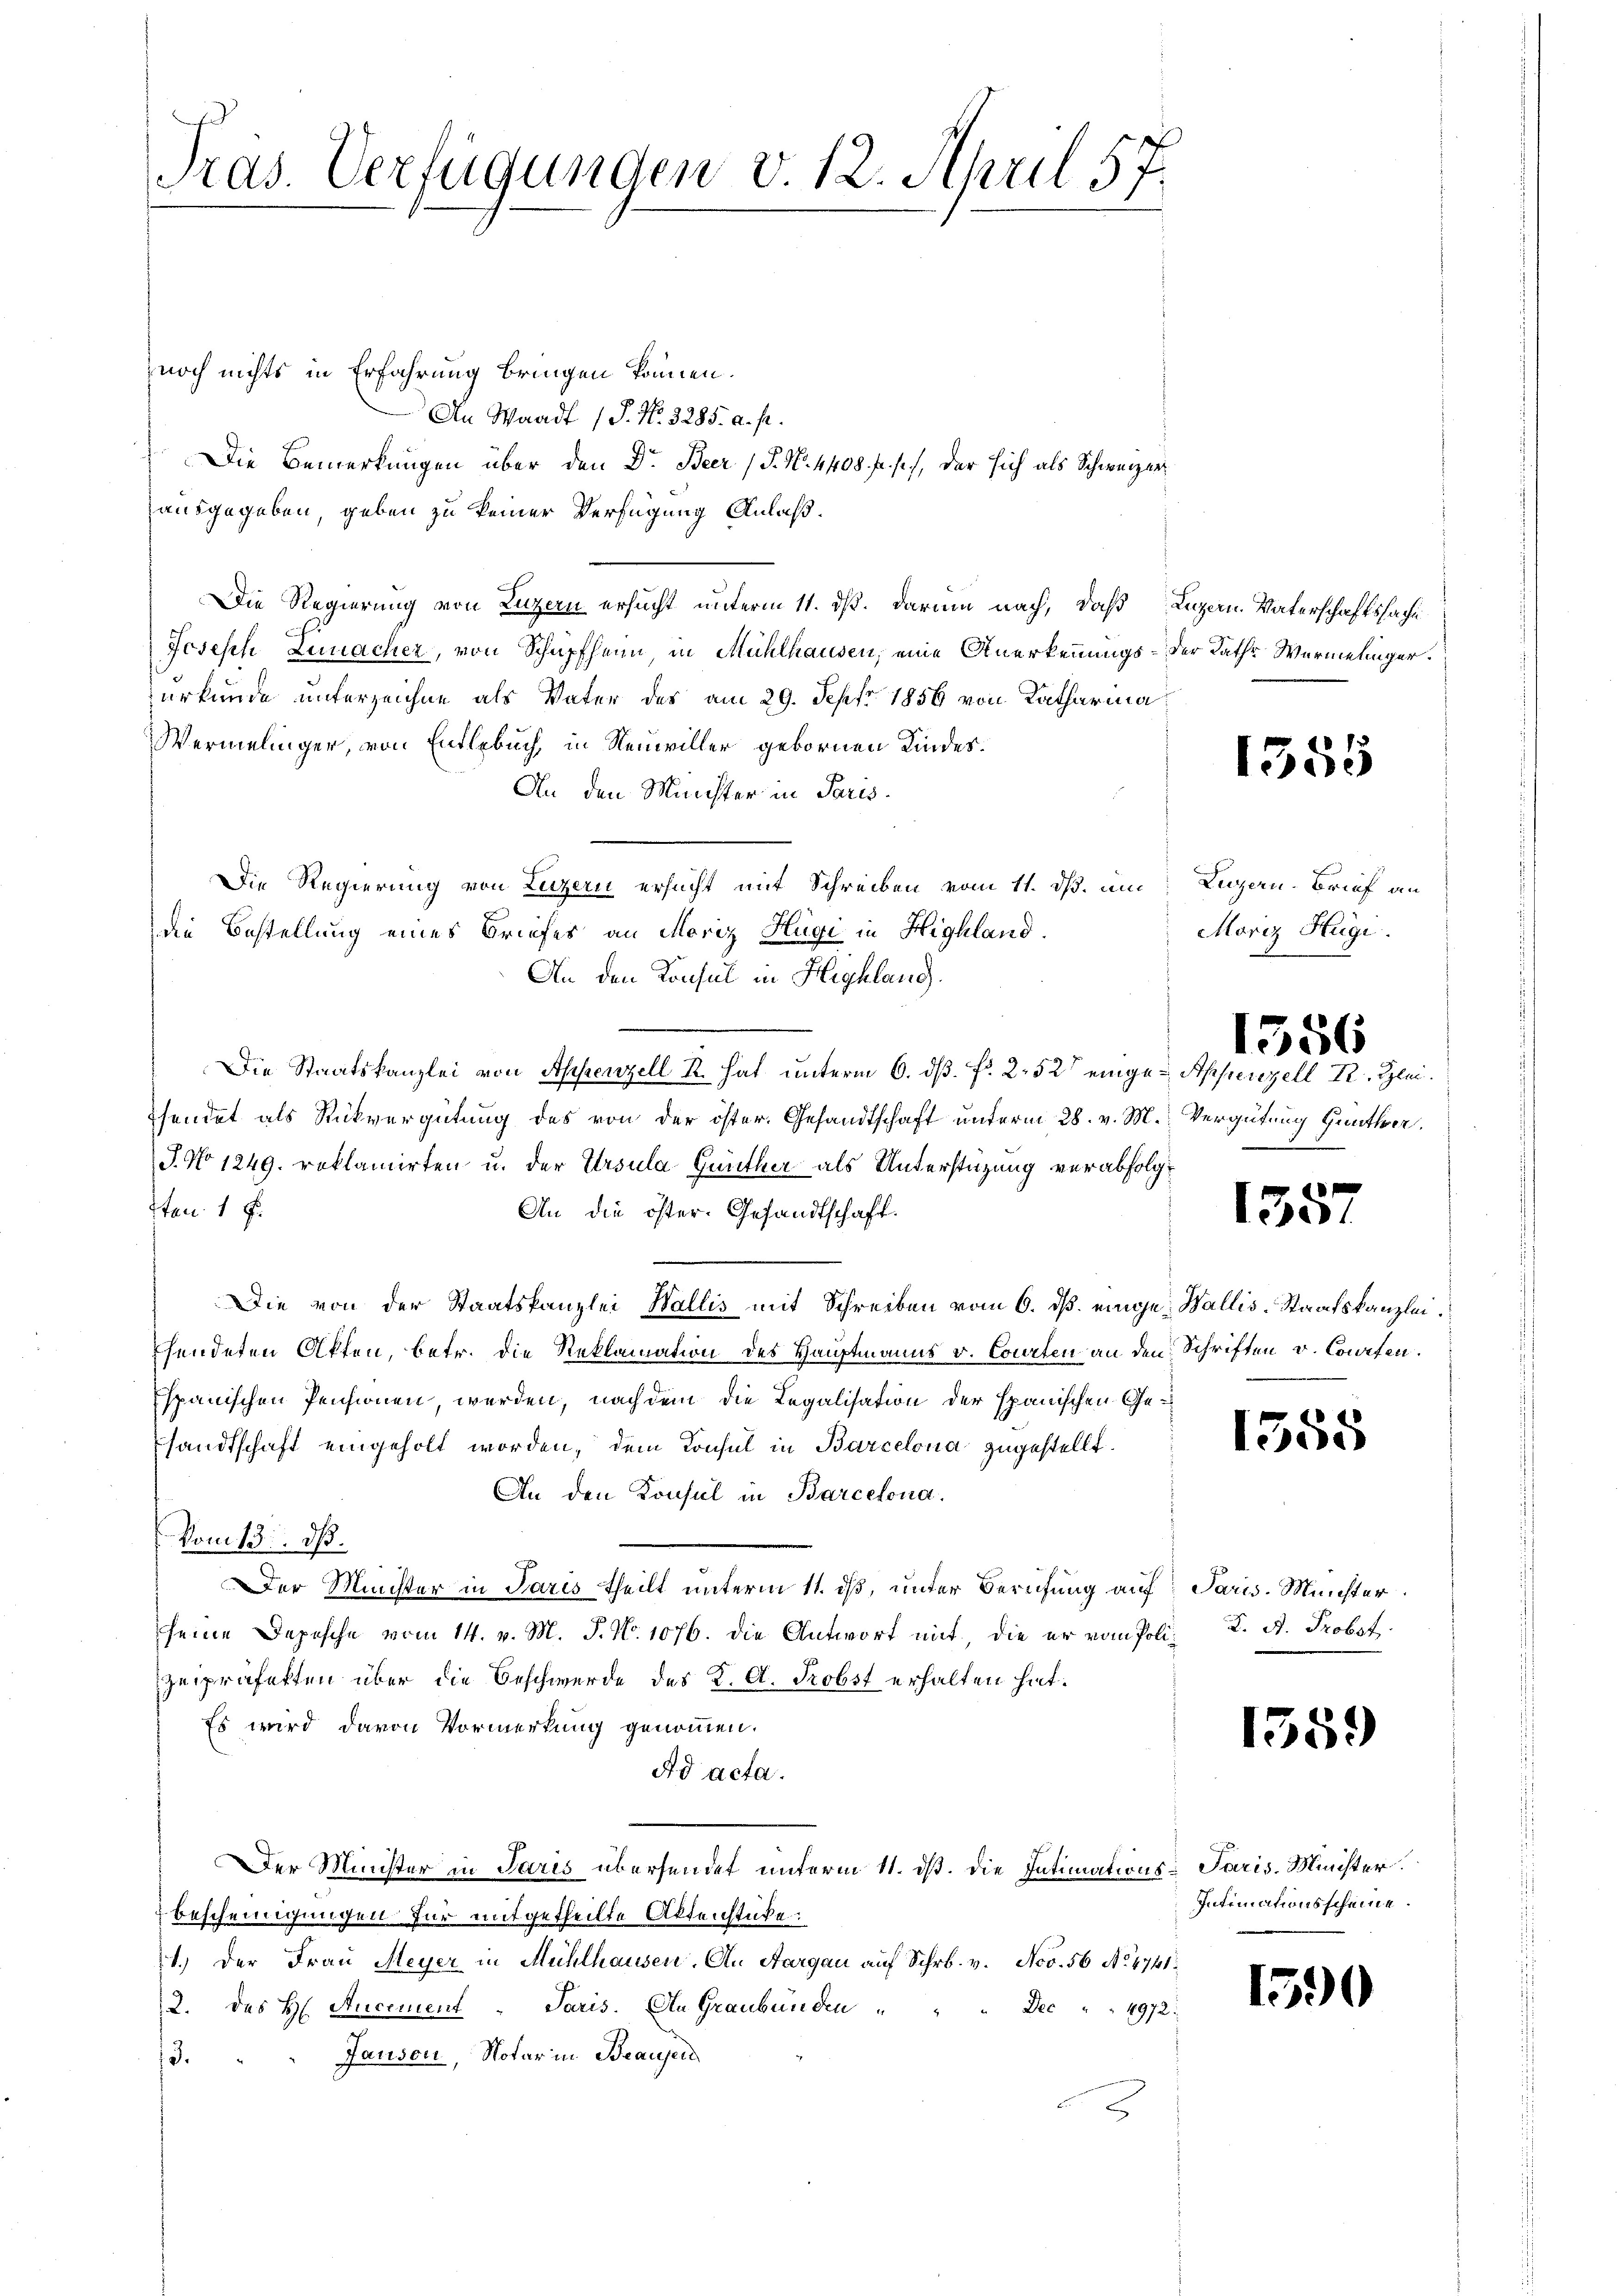
Tras. Verfügungen v. 12. April 57.

noch nichts in Erfahrung bringen können.
An Waadt (S. Nr. 3285. a. p.
Die Bemerkungen über den Dr. Beer (§. N. 4408. fr. s., der sich als Schweizerausgegeben, geben zu keiner Verfügung Anlaß.
Die Regierung von Luzern ersucht unterm 11. ds. darum nach, daß Luzern, Vaterschaftssache
Joseph Limacher, von Schüpfheim in Mühlhausen, eine Anerkennungs- der Rathe Wermelinger.
urkunde unterzeichne als Vater des am 29. Sept. 1856 von Katharina
Wermelinger, von Entlebuch, in Neuwiller gebornen Kindes¬
An den Münster in Paris.
Die Regierung von Luzern ersucht mit Schreiben vom 11. ds. um Luzern. Brief an
die Bestellung eines Briefes an Moriz Hügi in Highland
An den Konsul in Highland.
Die Staatskanzlei von Appenzell R. hat unterm 6. ds. f. 252 eingen Appenzell I. Kleisendet als Rückvergütung des von der öster. Gesandtschaft unterm 28. v. M. Vergütung Günther.
J. No 1249. roklamirten u. der Ursula Günther als Unterstüzung verabfolgt
tan. 1 f
An die öster. Gesandtschaft.
Die von der Staatskanzlei Wallis mit Schreiben vom 6. ds. einge Wallis-Staatskanzlei.
sendeten Akten, betr. die Reklamation des Hauptmanns v. Courten an den Schriften v. Corfen.
Espanischen Pensionen, werden, nach dem die Legalisation der spanischen Gesandtschaft eingeholt worden, dem Konsul in Barcelona zugestellt.
An den Konsul in Barcelona.
Vom 13. ds.
Der Minister in Paris theilt unterm 11. ds, unter Berufung auf Paris. Münster
seine Depesche vom 14. v. M. P. Nr. 1076. die Antwort mit, die er vom Poli K. A. Probst
zupräfekten über die Beschwerde des K. A. Probst erhalten hat.
Es wird davon Vormerkung genommen.
Ad acta.
Der Minister in Paris übersendet unterm 11. ds. die Intimations- Paris. Minister
Bescheinigungen für mitgetheilte Aktenstücke.
1.) Der Frau Meyer in Mühlhausen, An Aargau auf Schrb. v. Nov. 56 No. 4741
2. des H. Ancement - Paris. An Graubünden
Dee " " 4972:
Jausen, Notar in Beausen
3.

1355

Moriz Hügi.

1556

1357

158

1359)

Intimationsscheine.

1590